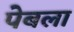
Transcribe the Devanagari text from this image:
पेबला